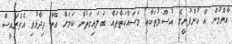
އާންމުން އެ ކުންފުނީގެ އުސޫލުތަކާއި މަސައްކަތްތައް ބަލައިގަތުން ކަމަށް އޭނާ ވިދާޅުވި އެވެރައީސް